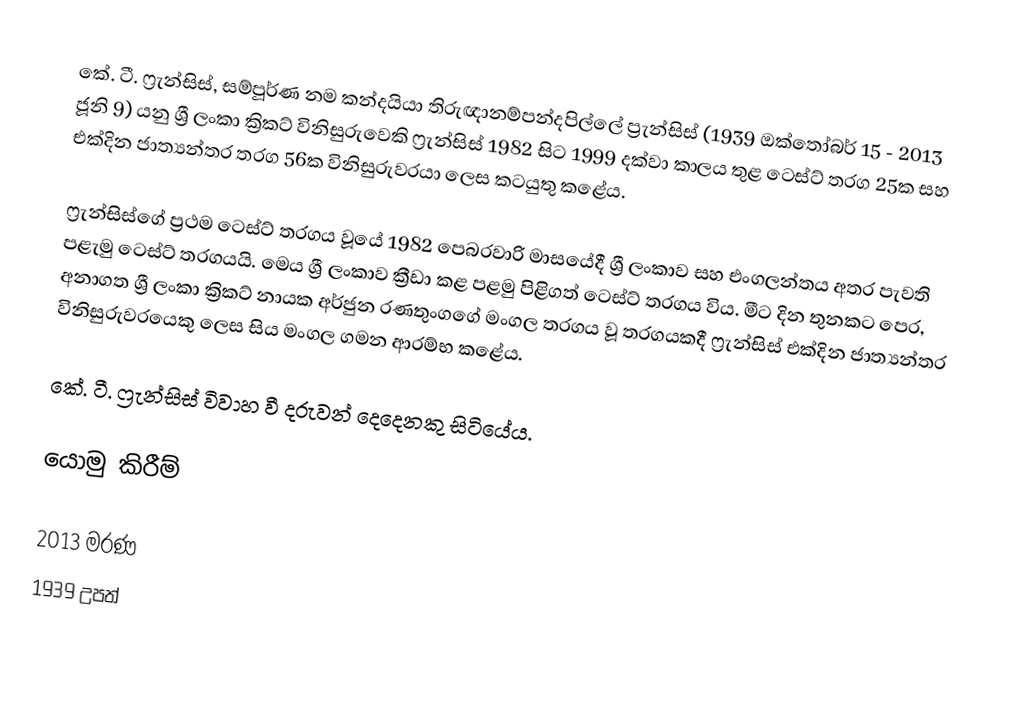
කේ. ටී. ෆ්‍රැන්සිස්, සම්පූර්ණ නම කන්දයියා තිරුඥානම්පන්දපිල්ලේ ප්‍රැන්සිස් (1939 ඔක්තෝබර් 15 - 2013 ජූනි 9) යනු ශ්‍රී ලංකා ක්‍රිකට් විනිසුරුවෙකි ෆ්‍රැන්සිස් 1982 සිට 1999 දක්වා කාලය තුළ ටෙස්ට් තරග 25ක සහ එක්දින ජාත්‍යන්තර තරග 56ක විනිසුරුවරයා ලෙස කටයුතු කළේය.

ෆ්‍රැන්සිස්ගේ ප්‍රථම ටෙස්ට් තරගය වූයේ 1982 පෙබරවාරි මාසයේදී ශ්‍රී ලංකාව සහ එංගලන්තය අතර පැවති පළැමු ටෙස්ට් තරගයයි. මෙය ශ්‍රී ලංකාව ක්‍රීඩා කළ පළමු පිළිගත් ටෙස්ට් තරගය විය. මීට දින තුනකට පෙර, අනාගත ශ්‍රී ලංකා ක්‍රිකට් නායක අර්ජුන රණතුංගගේ මංගල තරගය වූ තරගයකදී ෆ්‍රැන්සිස් එක්දින ජාත්‍යන්තර විනිසුරුවරයෙකු ලෙස සිය මංගල ගමන ආරම්භ කළේය.

කේ. ටී. ෆ්‍රැන්සිස් විවාහ වී දරුවන් දෙදෙනකු සිටියේය.

යොමු කිරීම්

2013 මරණ
1939 උපත්